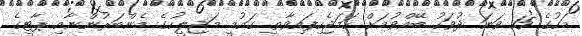
މަހުގެ 15 ވަނަ ދުވަހު ބޭއްވުމަށް ހަމަޖެހިފައިވާތީ ގައުމީ މަޖިލީހުގެ މެންބަރުންނާއި ޕާޓީގެ